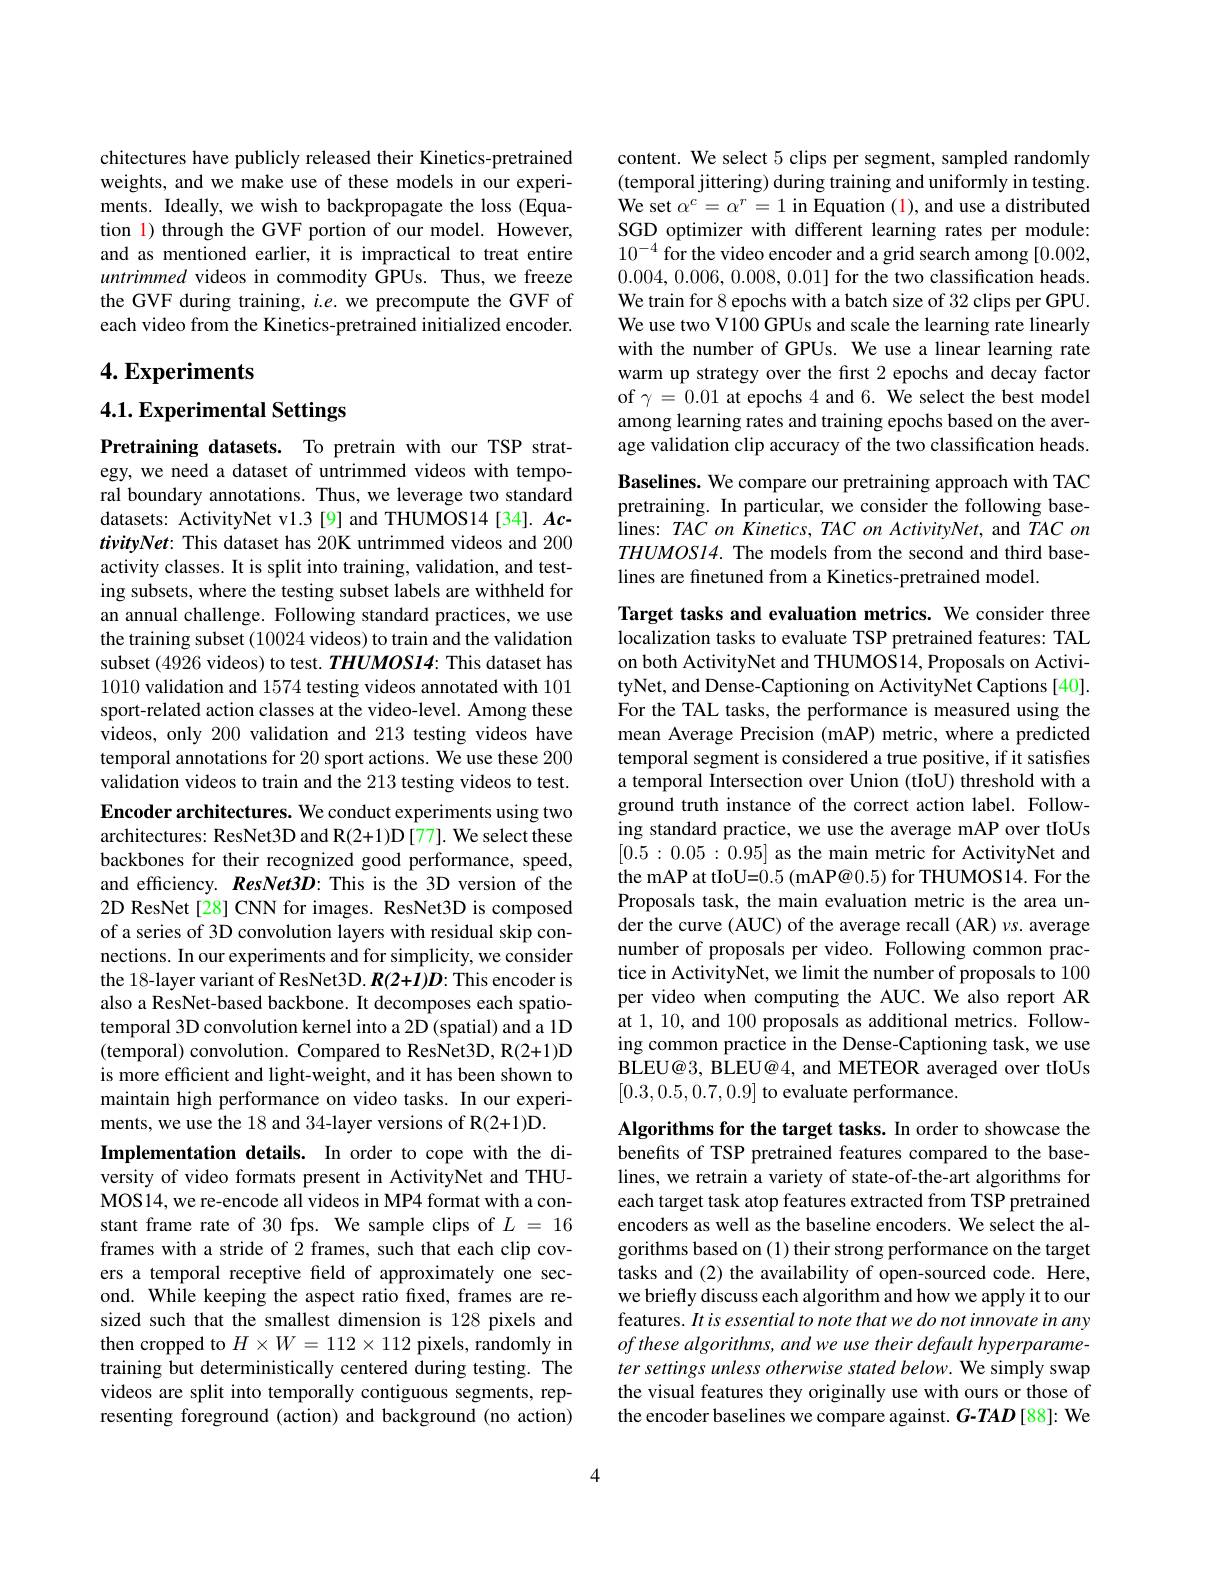
chitectures have publicly released their Kinetics-pretrained weights, and we make use of these models in our experiments. Ideally, we wish to backpropagate the loss (Equation 1) through the GVF portion of our model. However, and as mentioned earlier, it is impractical to treat entire untrimmed videos in commodity GPUs. Thus, we freeze the GVF during training, $i.e.$ we precompute the GVF of each video from the Kinetics-pretrained initialized encoder.

## $4. \textbf{Experiments}$

## 4.1. Experimental Settings

Pretraining datasets. To pretrain with our TSP strategy, we need a dataset of untrimmed videos with temporal boundary annotations. Thus, we leverage two standard datasets: ActivityNet v1.3[9] and THUMOS14[34]. $Ac-$ tivityNet: This dataset has 20K untrimmed videos and 200 activity classes. It is split into training, validation, and testing subsets, where the testing subset labels are withheld for an annual challenge. Following standard practices, we use the training subset (10024 videos) to train and the validation subset (4926 videos) to test. $THUMOSI4:$ This dataset has 1010 validation and 1574 testing videos annotated with 101 sport-related action classes at the video-level. Among these videos, only 200 validation and 213 testing videos have temporal annotations for 20 sport actions. We use these 200 validation videos to train and the 213 testing videos to test. Encoder architectures. We conduct experiments using two architectures: ResNet3D and R(2+1)D[77]. We select these backbones for their recognized good performance, speed, and efficiency. ResNet3D: This is the 3D version of the 2D ResNet [28] CNN for images. ResNet3D is composed of a series of 3D convolution layers with residual skip connections. In our experiments and for simplicity, we consider the 18-layer variant of ResNet3D. R(2+I)D: This encoder is also a ResNet-based backbone. It decomposes each spatiotemporal 3D convolution kernel into a 2D (spatial) and a 1D (temporal) convolution. Compared to ResNet3D, R(2+1)D is more efficient and light-weight, and it has been shown to maintain high performance on video tasks. In our experiments, we use the 18 and 34-layer versions of R(2+1)D.
Implementation details. In order to cope with the diversity of video formats present in ActivityNet and THUMOS14, we re-encode all videos in MP4 format with a constant frame rate of 30 fps. We sample clips of $L=16$ frames with a stride of 2 frames, such that each clip covers a temporal receptive field of approximately one second. While keeping the aspect ratio fixed, frames are resized such that the smallest dimension is 128 pixels and then cropped to $H\times W=112\times112$ pixels, randomly in training but deterministically centered during testing. The videos are split into temporally contiguous segments, representing foreground (action) and background (no action)

content. We select 5 clips per segment, sampled randomly (temporal jittering) during training and uniformly in testing. We set $\alpha^c=\alpha^r=1$ in Equation (1), and use a distributed SGD optimizer with different learning rates per module: $10^{-4}$ for the video encoder and a grid search among [0.002, 0.004,0.006,0.008,0.01] for the two classification heads. We train for 8 epochs with a batch size of 32 clips per GPU. We use two V100 GPUs and scale the learning rate linearly with the number of GPUs. We use a linear learning rate warm up strategy over the first 2 epochs and decay factor of $\gamma=0.01$ at epochs 4 and 6. We select the best model among learning rates and training epochs based on the average validation clip accuracy of the two classification heads. Baselines. We compare our pretraining approach with TAC pretraining. In particular, we consider the following base-

lines: TAC on Kinetics, TAC on ActivityNet, and $TAC\textit{on}$ $THUMOSI4.$ The models from the second and third baselines are finetuned from a Kinetics-pretrained model.

Target tasks and evaluation metrics. We consider three localization tasks to evaluate TSP pretrained features: TAL on both ActivityNet and THUMOS14, Proposals on ActivityNet, and Dense-Captioning on ActivityNet Captions [40]. For the TAL tasks, the performance is measured using the mean Average Precision (mAP) metric, where a predicted temporal segment is considered a true positive, if it satisfes a temporal Intersection over Union (tIoU) threshold with a ground truth instance of the correct action label. Following standard practice, we use the average mAP over tIoUs [0.5:0.05:0.95] as the main metric for ActivityNet and the mAP at tIoU=0.5 (mAP@0.5) for THUMOS14. For the Proposals task, the main evaluation metric is the area under the curve (AUC) of the average recall (AR) $\nu s.$ average number of proposals per video. Following common practice in ActivityNet, we limit the number of proposals to 100 per video when computing the AUC. We also report AR at 1, 10, and 100 proposals as additional metrics. Following common practice in the Dense-Captioning task, we use BLEU@3, BLEU@4, and METEOR averaged over tIoUs [0.3,0.5,0.7,0.9] to evaluate performance.

Algorithms for the target tasks. In order to showcase the benefits of TSP pretrained features compared to the baselines, we retrain a variety of state-of-the-art algorithms for each target task atop features extracted from TSP pretrained encoders as well as the baseline encoders. We select the algorithms based on (1) their strong performance on the target tasks and (2) the availability of open-sourced code. Here, we briefly discuss each algorithm and how we apply it to our features. It is essential to note that we do not innovate in any of these algorithms, and we use their default hyperparameter settings unless otherwise stated below. We simply swap the visual features they originally use with ours or those of the encoder baselines we compare against. $G-TAD[88]:$ We

4